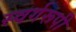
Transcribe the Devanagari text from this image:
स्वर्गरूपी